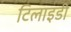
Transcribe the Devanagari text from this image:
टिलाइडी